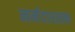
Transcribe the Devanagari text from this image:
नर्मदाशतक